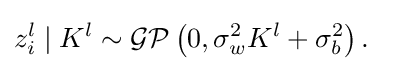
{\begin{aligned}z_{i}^{l}\mid K^{l}&\sim {\mathcal {GP}}\left(0,\sigma _{w}^{2}K^{l}+\sigma _{b}^{2}\right).\end{aligned}}